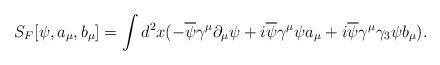
\begin{align*}S_{F}[\psi , a_{\mu},b_{\mu}]=\int d^{2}x(-\overline{\psi}\gamma^{\mu}\partial_{\mu}\psi + i \overline{\psi}\gamma^{\mu}\psi a_{\mu}+i \overline{\psi}\gamma^{\mu}\gamma_{3}\psi b_{\mu}).\end{align*}